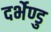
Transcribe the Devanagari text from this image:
दर्भेण्डु